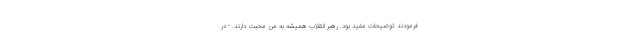
فرمودند توضیحات مفید بود. رهبر انقلاب همیشه به من محبت دارند. - در